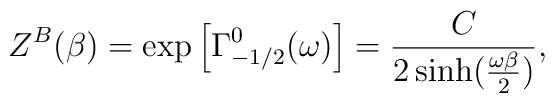
Z^{B}(\beta) = \exp\left[\Gamma_{-1/2}^{0}(\omega)\right]= {C\over 2 \sinh ({\omega\beta\over2})},